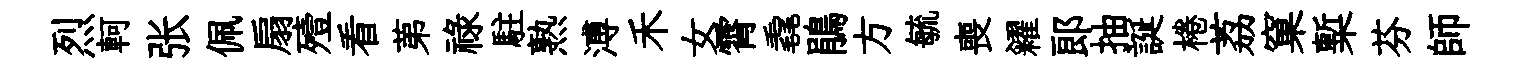
烈軻张佩扇殪看苐祿駐熟溥禾女霄毳鵑方毓喪糴郞抽誕棬荔窠槧芬師